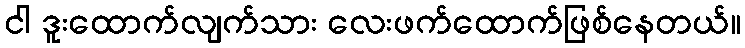
ငါ ဒူးထောက်လျက်သား လေးဖက်ထောက်ဖြစ်နေတယ်။